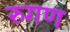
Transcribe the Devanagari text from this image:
रुगण